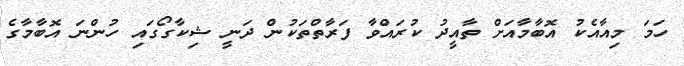
ހަމަ މިއާއެކު އޮބާމާއަށް ތާއީދު ކުރައްވާ ފަރާތްތަކުން ދަނީ ޝިކާގޯގައި ހުންނަ އޮބާމާގެ